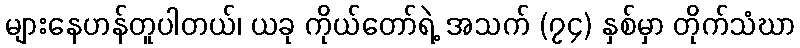
များနေဟန်တူပါတယ်၊ ယခု ကိုယ်တော်ရဲ့ အသက် (၇၄) နှစ်မှာ တိုက်သံဃာ